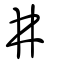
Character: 井